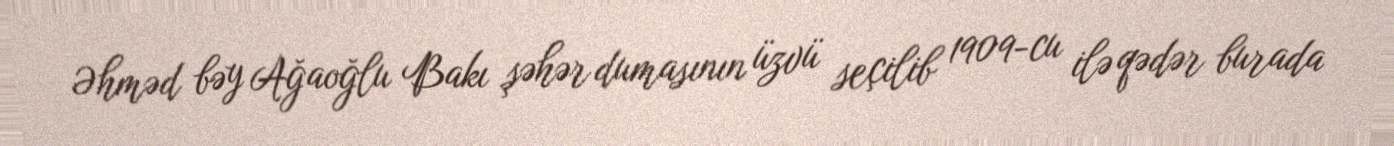
Əhməd bəy Ağaoğlu Bakı şəhər dumasının üzvü seçilib 1909-cu ilə qədər burada